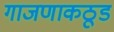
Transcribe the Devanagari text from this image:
गाजणाकठूड